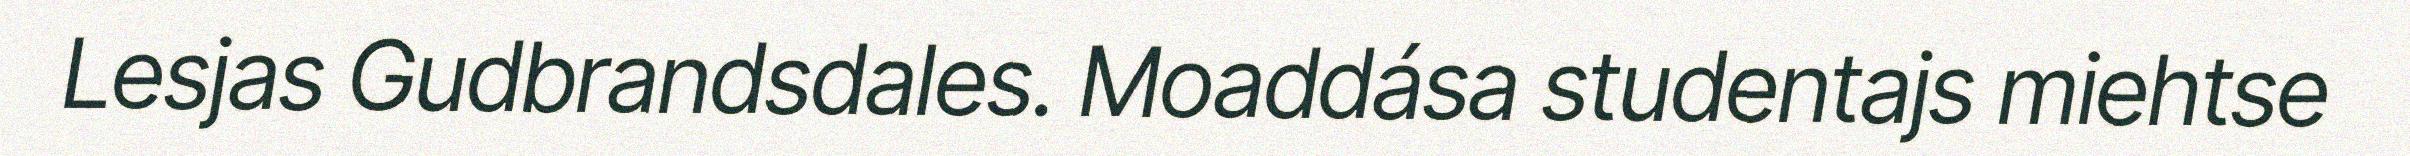
Lesjas Gudbrandsdales. Moaddása studentajs miehtse